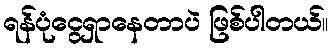
ရန်ပုံငွေရှာနေတာပဲ ဖြစ်ပါတယ်။